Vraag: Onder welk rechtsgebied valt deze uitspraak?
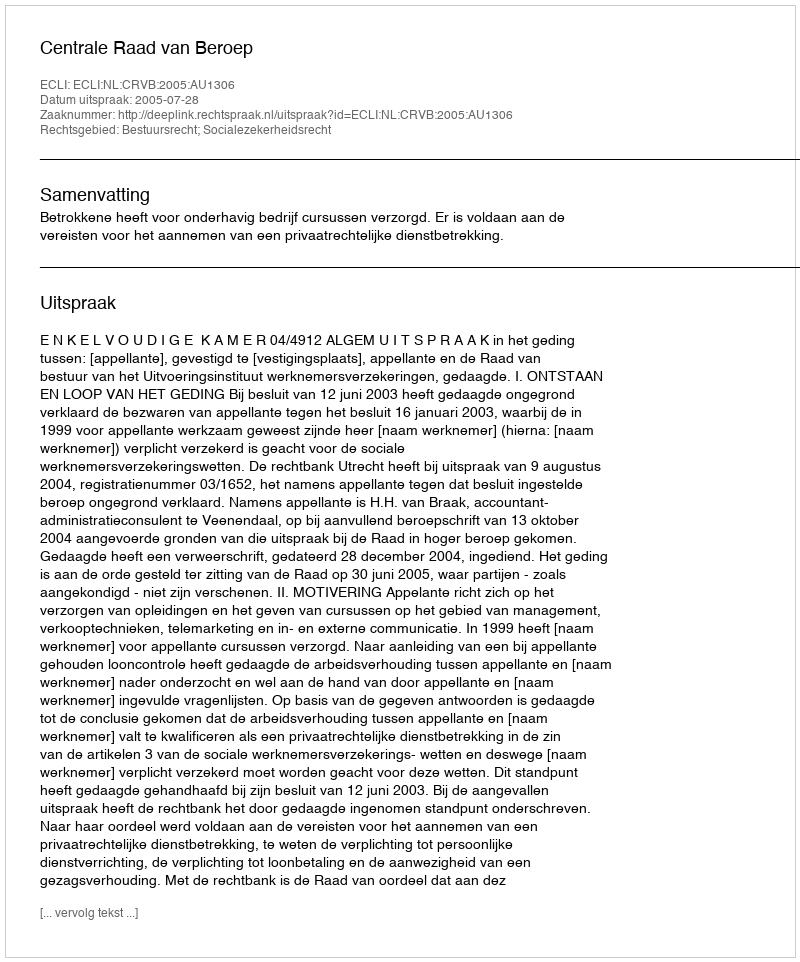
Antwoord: Bestuursrecht; Socialezekerheidsrecht